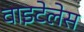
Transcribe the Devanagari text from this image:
वाइटेलेस